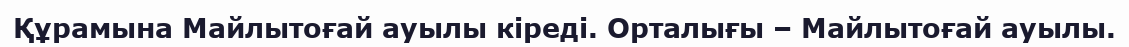
Құрамына Майлытоғай ауылы кіреді. Орталығы – Майлытоғай ауылы.